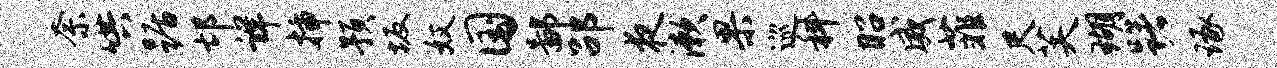
奈哄踞邙详插预坂奴国鄙劭夜漱果巡科昭威菲尺芙瑚躇琢